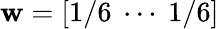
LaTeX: \mathbf{w}=[1/6~\cdots~1/6]